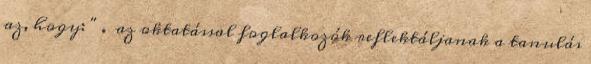
az, hogy: " . az oktatással foglalkozók reflektáljanak a tanulás